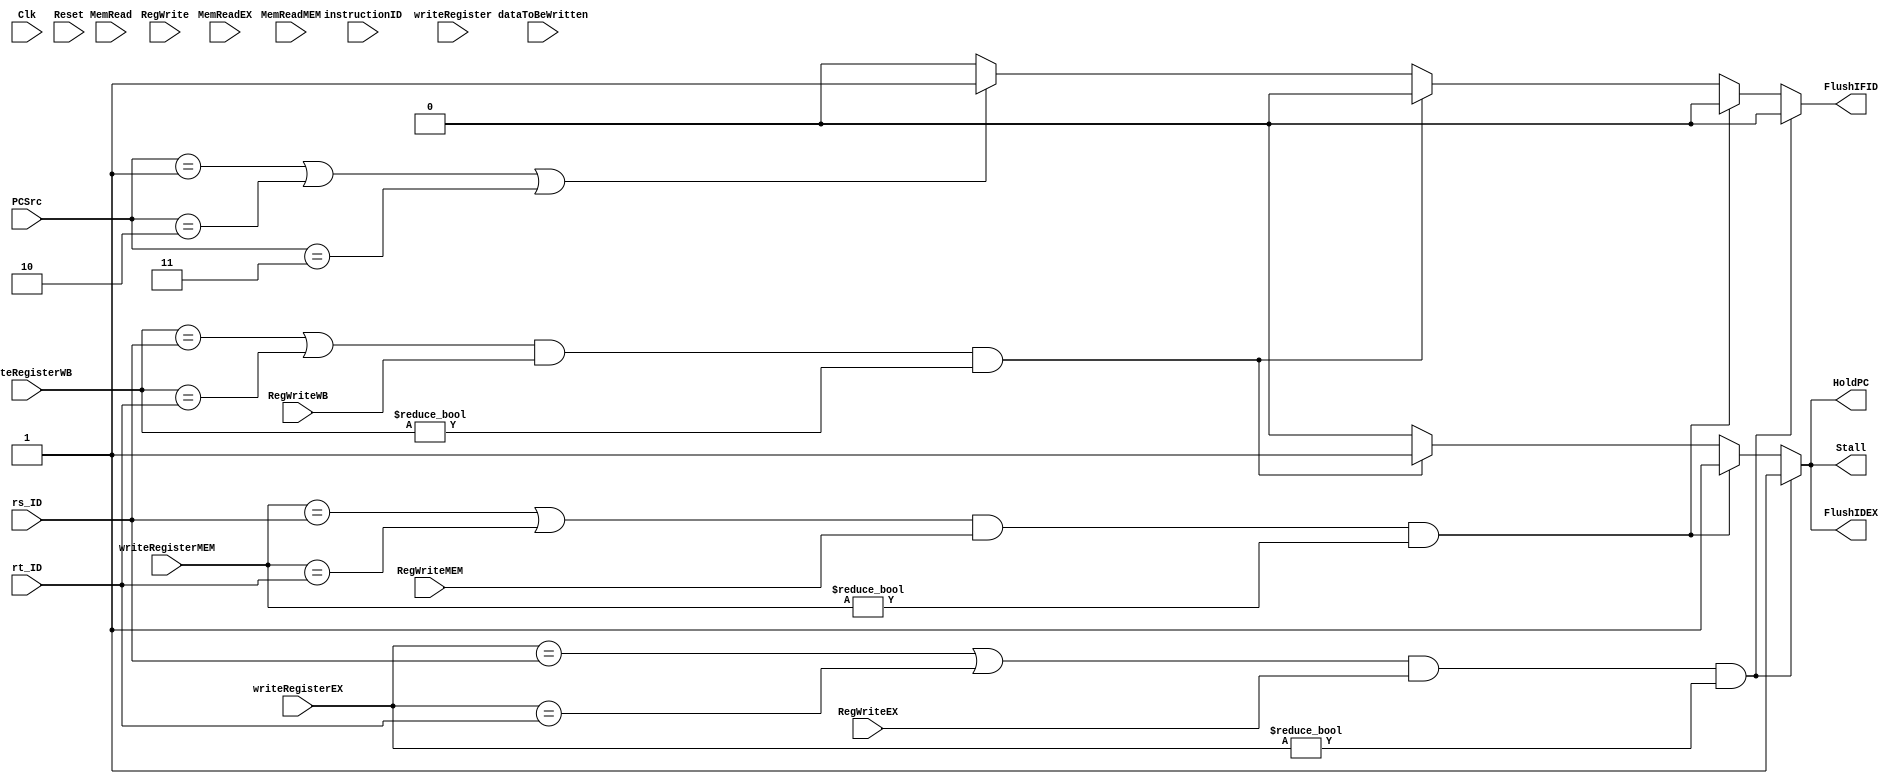
`timescale 1ns / 1ps
//////////////////////////////////////////////////////////////////////////////////
// Company: 
// Engineer: 
// 
// Design Name: 
// Module Name: Hazard
// Project Name: 
// Target Devices: 
// Tool Versions: 
// Description: 
// 
// Dependencies: 
// 
// Revision:
// Revision 0.01 - File Created
// Additional Comments:
// 
//////////////////////////////////////////////////////////////////////////////////

module Hazard(Clk, Stall, HoldPC, FlushIFID, FlushIDEX, rs_ID, rt_ID, instructionID, writeRegister, writeRegisterEX, writeRegisterMEM, writeRegisterWB, 
MemRead, MemReadEX, MemReadMEM, RegWrite, RegWriteEX, RegWriteMEM, RegWriteWB, PCSrc, Reset, dataToBeWritten);
    input [31:0] instructionID, dataToBeWritten;
    input [4:0] rs_ID, rt_ID, writeRegister, writeRegisterEX, writeRegisterMEM, writeRegisterWB; 
    input [1:0] MemRead, MemReadEX, MemReadMEM, PCSrc;
    input RegWrite, RegWriteEX, RegWriteMEM, RegWriteWB, Reset, Clk;
    output reg Stall, HoldPC, FlushIFID, FlushIDEX;

always@(*) begin
  Stall <= 0;
  HoldPC <= 0;
  FlushIFID <= 0;
  FlushIDEX <= 0;
  
    // Regular Stall
    if(((writeRegisterEX == rs_ID) || (writeRegisterEX == rt_ID)) && (RegWriteEX) && (writeRegisterEX != 0)) begin
      Stall <= 1;
      HoldPC <= 1;
      FlushIFID <= 0;
      FlushIDEX <= 1;   
    end
    
    else if(((writeRegisterMEM == rs_ID) || (writeRegisterMEM == rt_ID)) && (RegWriteMEM) && (writeRegisterMEM != 0)) begin
      Stall <= 1;
      HoldPC <= 1; //changed from 1
      FlushIFID <= 0;
      FlushIDEX <= 1; //changed from 1
    end
    
    else if(((writeRegisterWB == rs_ID) || (writeRegisterWB == rt_ID)) && (RegWriteWB) && (writeRegisterWB != 0)) begin
      Stall <= 1;
      HoldPC <= 1; //changed from 1
      FlushIFID <= 0;
      FlushIDEX <= 1; //changed from 1
    end
    
    // Branches and Jumps, if taken
    else if (((PCSrc == 1) || (PCSrc == 2) || (PCSrc == 3))) begin
      HoldPC <= 0;
      FlushIFID <= 1;
      FlushIDEX <= 0;
      Stall <= 0;
    end
    
    else begin
      Stall <= 0;
      HoldPC <= 0;
      FlushIFID <= 0;
      FlushIDEX <= 0;
    end 
  end
  
endmodule